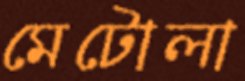
মেটোলা